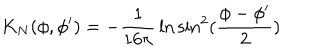
K _ { N } ( \phi , \phi ^ { \prime } ) = - { \frac { 1 } { 1 6 \pi } } \ln \sin ^ { 2 } ( { \frac { \phi - \phi ^ { \prime } } { 2 } } )